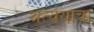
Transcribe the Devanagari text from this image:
अत्यंयात्रा